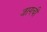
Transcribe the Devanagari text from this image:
जागची